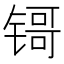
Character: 鿔